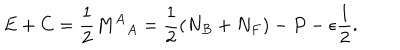
E + C = \frac { 1 } { 2 } { M ^ { A } } _ { A } = \frac { 1 } { 2 } \left( N _ { B } + N _ { F } \right) - P - \epsilon \frac { 1 } { 2 } .